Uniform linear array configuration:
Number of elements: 4
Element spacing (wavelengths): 0.5
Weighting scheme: cosine
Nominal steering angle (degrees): -60
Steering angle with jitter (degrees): -58.058
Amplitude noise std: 0.05
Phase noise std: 0.05

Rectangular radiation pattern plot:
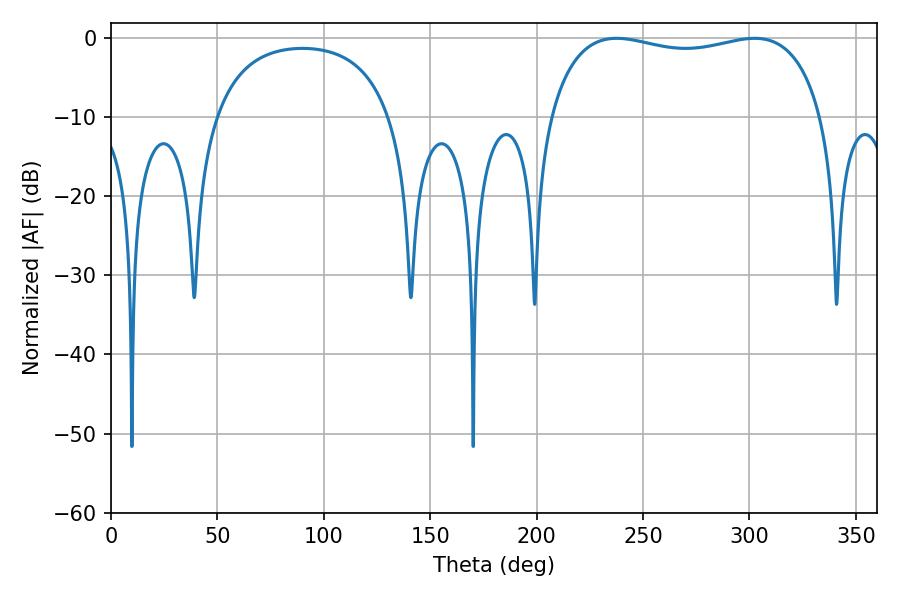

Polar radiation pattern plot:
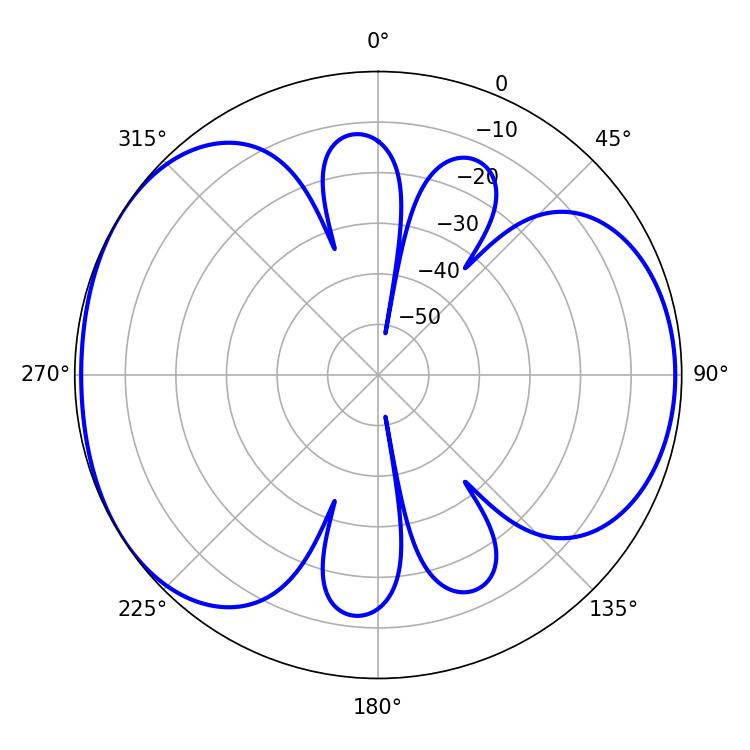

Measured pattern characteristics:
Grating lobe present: FALSE
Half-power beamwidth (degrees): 104.76
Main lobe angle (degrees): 302.4